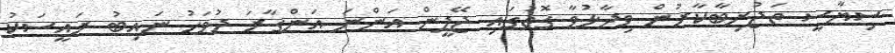
ސިޔާސީ ތަޖުރިބާކާރުން ވިދާޅުވާ ގޮތުގައި ޖޭޕީން އަންނަ އަންގާރަ ދުވަހު ނައިބު ރައީސަކު